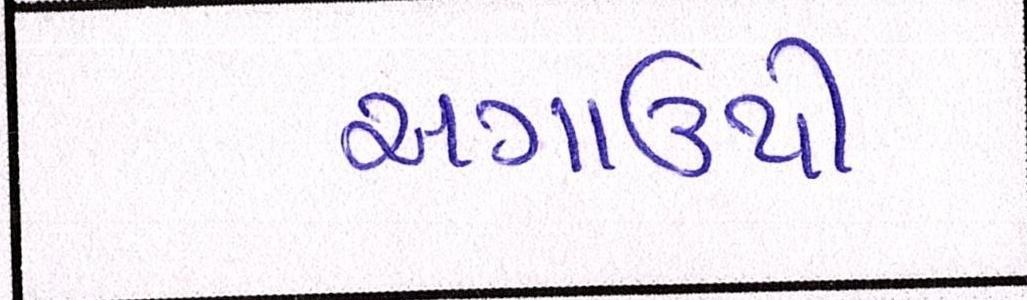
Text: અગાઉથી